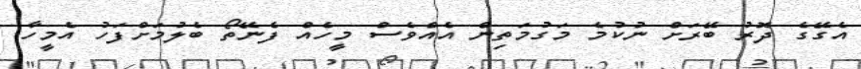
އެގޭގެ ދޮރު ބޭރަށް ނުކުމެ މަގުމަތިން އެއްވެސް މީހެއް ފެނޭތޯ ބެލުމަށްފަހު އެމީހާ